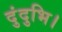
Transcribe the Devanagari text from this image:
दुंदुभि।